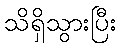
သိရှိသွားပြီး